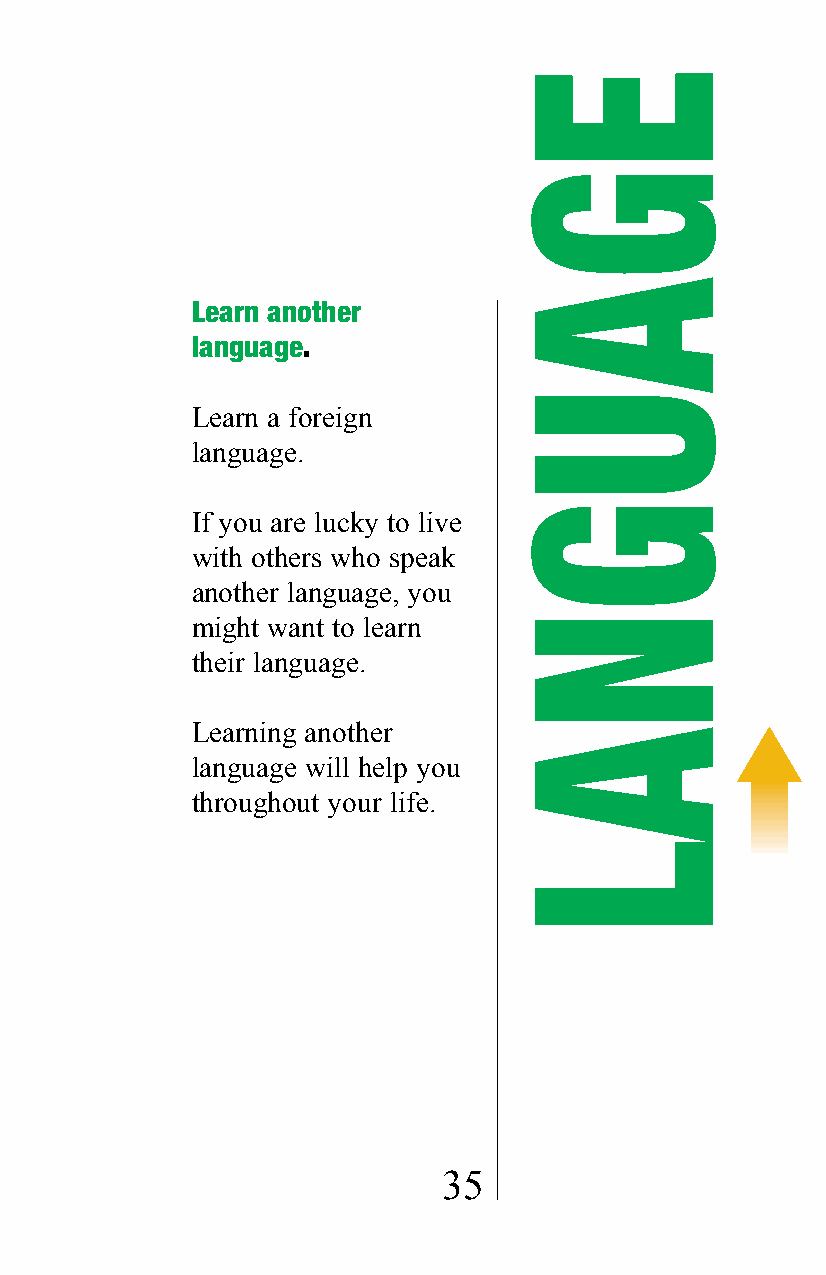
Learn another
 language.
 Learn a foreign
 language.
 If you are lucky to live
 with others who speak
 another language, you
 might want to learn
 their language.
 Learning another
 language will help you
 throughout your life.
 35
 EGAUGNAL